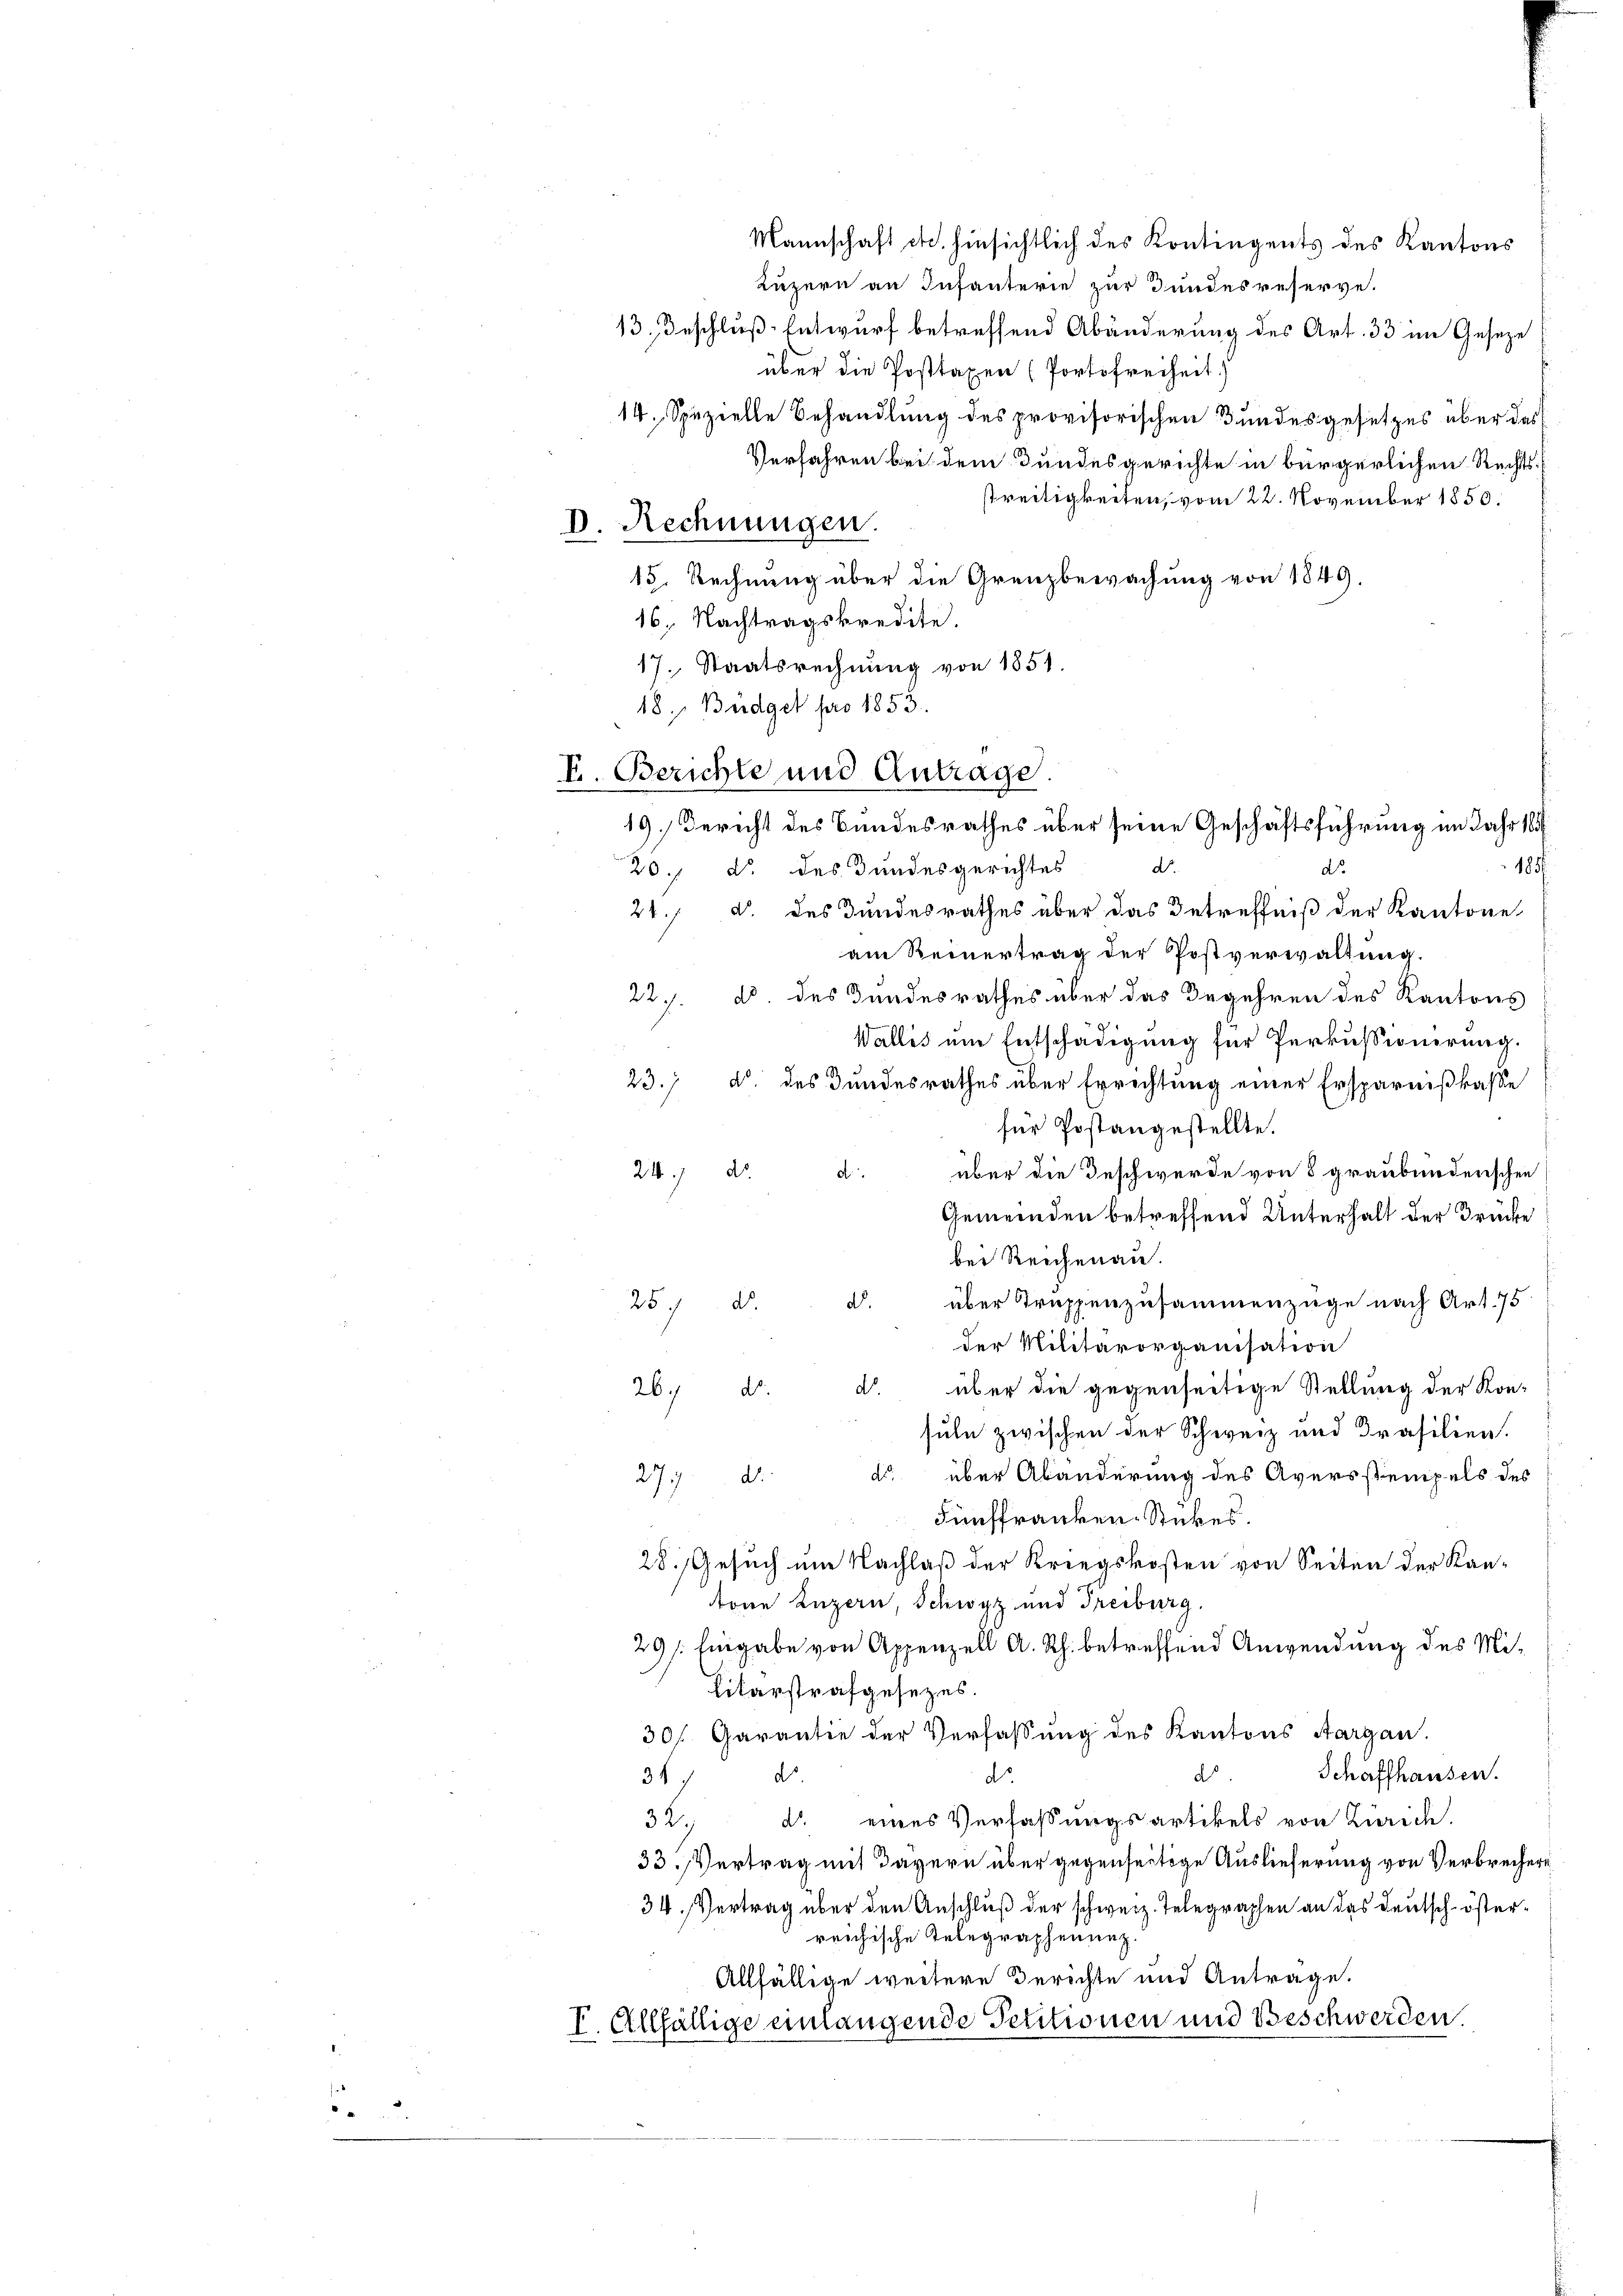
5

Mannschaft etc. hinsichtlich des Kontingents des Kantons
Luzern an Infanterie zur Bundes reserve-
13. Beschluß Entwurf betreffend Abänderung des Art. 33 im Geseze
über die Posttaxen (Portofreiheit)
d
14. Spezielle Behandlung des provisorischen Bundesgesetzes über das
Verfahren bei dem Bundesgerichte in bürgerlichen Rechtsstreitigkeiten, vom 22. November 1850.
15. Rechnung über die Grenzbewachung von 1849.
16. Nachtragskredite.
17. Staatsrechnung von 1851.
18, Budget pro 1853.
F. Berichte und Antrage.
185
d.
20. d. des Bundesgerichtes
do
21. d. des Bundesrathes über das Betreffniß der Kantone
am Reinertrag der Postverwaltung.
22. d. des Sandesrathes über das Begehren des Kantons
Wallis ein Entschädigung für Perkussionerung.
23. d. des Bundesrathes über Errichtung einer Ersparnißkasse
für Postangestellte.
24. d.
über die Beschwerde von 8 graubünderischen
d
Gemeinden betreffend Unterhalt der Brücke
bei Reichenau.
d.
über Truppenzusammenzüge nach Art. 75
257 d
der Militärorganisation
über die gegenseitige Stellung der Kon-
d.
26.
d.
suln zwischen der Schweiz und Prasilien.
d. über Abänderung des Aversstempels des
277.
d.
Fünffranken Stükes.
28. Gesuch um Nachlaß der Kriegskosten von Seiten der Kantone Luzern, Schwyz und Treiburg.
29/: Eingabe von Appenzell A. Rh. betreffend Anwendung des Mi¬
Lilarstrafgesezes.
30/. Garantie der Verfassung des Kantons Aargau.
Schaffhausen.
ds
d.
347 d
32. d. eines Verfassungsartikels von Zürich.
33. Vertrag mit Tavern über gegenseitige Auslieferung von Verbrechern
34. Vertrag über den Anschluß der schweiz. Telegraphen an das Deutsch-österreichische Telegraphenunz
Allfällige weitere Gerichte und Antrage.
I. Allfällige einlangende Petitionen und Beschwerden.

D. Rechnungen.

19.) Bericht des Bundesrathes über seine Geschäftsführung im Jahr 184